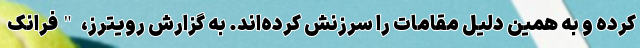
کرده و به همین دلیل مقامات را سرزنش کرده‌اند. به گزارش رویترز، "فرانک